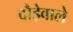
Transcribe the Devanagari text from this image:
दौड़ेवाले